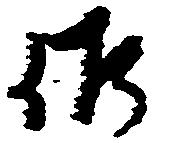
候